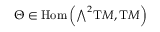
\Theta \in { \mathrm { H o m } } \left( { \textstyle \bigwedge } ^ { 2 } \mathrm { { T } } M , \mathrm { { T } } M \right)